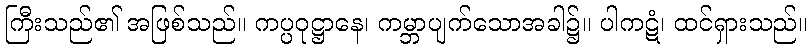
ကြီးသည်၏ အဖြစ်သည်။ ကပ္ပဝုဋ္ဌာနေ၊ ကမ္ဘာပျက်သောအခါ၌။ ပါကဋံ၊ ထင်ရှားသည်။